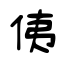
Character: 侇